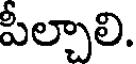
పీల్చాలి.